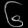
Digit: ၆